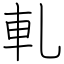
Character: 軋